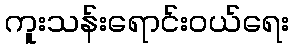
ကူးသန်းရောင်းဝယ်ရေး